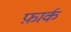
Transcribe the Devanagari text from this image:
फ़ार्क